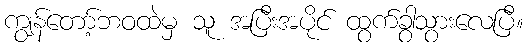
ကျွန်တော့်ဘဝထဲမှ သူ အပြီးအပိုင် ထွက်ခွာသွားလေပြီ။